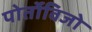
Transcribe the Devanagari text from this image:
पोर्तोविजो